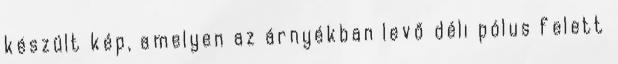
készült kép, amelyen az árnyékban levő déli pólus felett